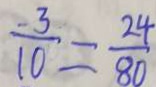
\frac { - 3 } { 1 0 } = \frac { 2 4 } { 8 0 }